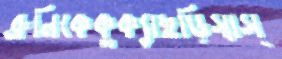
ব্রুনিকেকুক্যাছড়িস্বাস্